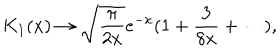
LaTeX: K _ { 1 } ( x ) \to \sqrt { { \frac { \pi } { 2 x } } } e ^ { - x } ( 1 + { \frac { 3 } { 8 x } } + \cdots ) ,